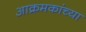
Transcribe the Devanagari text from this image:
आक्रमकांच्या